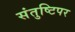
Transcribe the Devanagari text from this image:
संतुष्टिपर